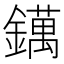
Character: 𨭬